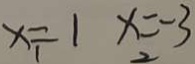
x _ { 1 } = 1 x = - 3